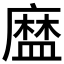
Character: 𥂓